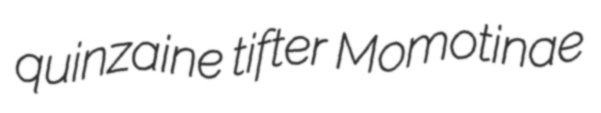
quinzaine tifter Momotinae